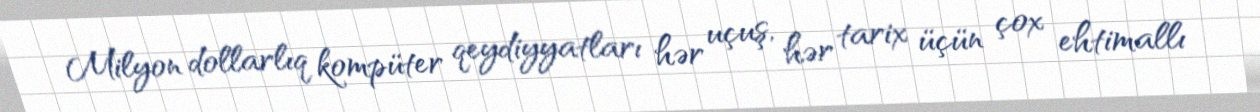
Milyon dollarlıq kompüter qeydiyyatları hər uçuş, hər tarix üçün çox ehtimallı